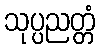
သုပ္ပညတ္တံ